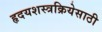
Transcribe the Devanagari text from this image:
हृदयशस्त्रक्रियेसाठी